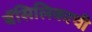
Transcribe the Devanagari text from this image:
बॅसिलिकाची